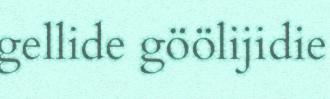
gellide göölijidie